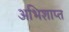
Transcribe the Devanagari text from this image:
अभिशाप्त